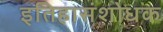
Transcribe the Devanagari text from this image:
इतिहासंशोधक